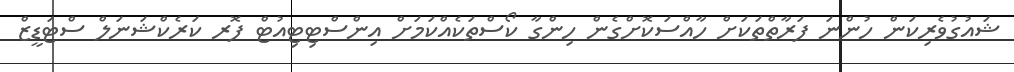
ޝައުގުވެރިކަން ހުންނަ ފަރާތްތަކަށް ހާއްސަކޮށްގެން ހިންގާ ކޯސްތަކެއްކަމަށް އިންސްޓިޓިއުޓް ފޮރ ކަރެކްޝަނަލް ސްޓަޑީޒް